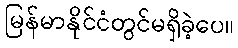
မြန်မာနိုင်ငံတွင်မရှိခဲ့ပေ။